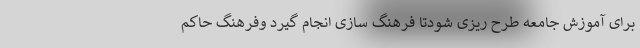
برای آموزش جامعه طرح ریزی شودتا فرهنگ سازی انجام گیرد وفرهنگ حاکم